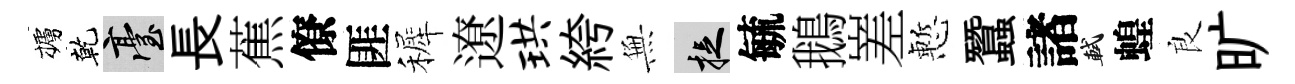
櫨乾臺長蕉僚匪裤遼珙絝𭴾捉毓鵝嵳慙蠶諸軾蝗良旷